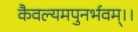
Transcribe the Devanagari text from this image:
कैवल्यमपुनर्भवम्‌।।